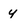
Character: y